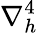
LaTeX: \nabla_{h}^{4}